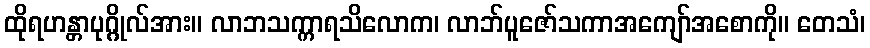
ထိုရဟန္တာပုဂ္ဂိုလ်အား။ လာဘသက္ကာရသိလောက၊ လာဘ်ပူဇော်သကာအကျော်အစောကို။ တေသံ၊